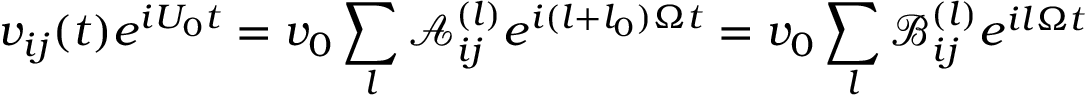
v _ { i j } ( t ) e ^ { i U _ { 0 } t } = v _ { 0 } \sum _ { l } \mathcal { A } _ { i j } ^ { ( l ) } e ^ { i ( l + l _ { 0 } ) \Omega t } = v _ { 0 } \sum _ { l } \mathcal { B } _ { i j } ^ { ( l ) } e ^ { i l \Omega t }